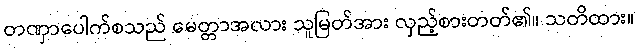
တဏှာပေါက်စသည် မေတ္တာအလား သူမြတ်အား လှည့်စားတတ်၏။ သတိထား။